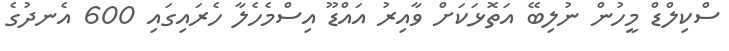
ސްކިލްޑް މީހުން ނުލިބޭ އަތޮޅަކަށް ވާއިރު އައްޑޫ އިސްމެހެލާ ހެރައިގައި 600 އެނދުގެ